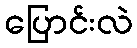
ပြောင်းလဲ